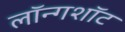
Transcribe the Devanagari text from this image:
लॉन्गशॉट